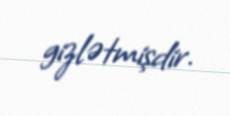
gizlətmişdir.